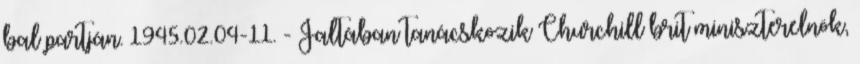
bal partján. 1945.02.04-11. - Jaltában tanácskozik Churchill brit miniszterelnök,